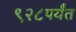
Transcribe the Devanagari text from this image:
९२८पर्यंत